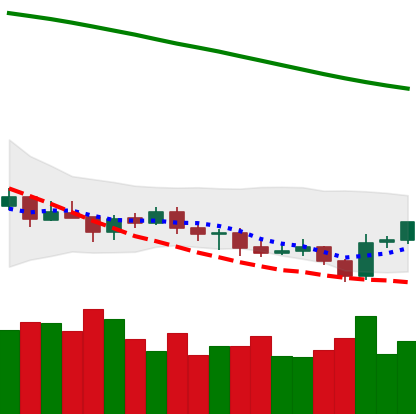
Ticker: BTC-USD
Chart end date: 2021-07-23
Forward return: 19.101%
Label: up_7plus